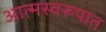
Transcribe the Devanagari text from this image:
आत्मस्वरूपात